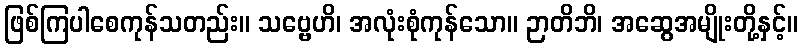
ဖြစ်ကြပါစေကုန်သတည်း။ သဗ္ဗေဟိ၊ အလုံးစုံကုန်သော။ ဉာတိဘိ၊ အဆွေအမျိုးတို့နှင့်။